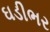
ઘડીભર